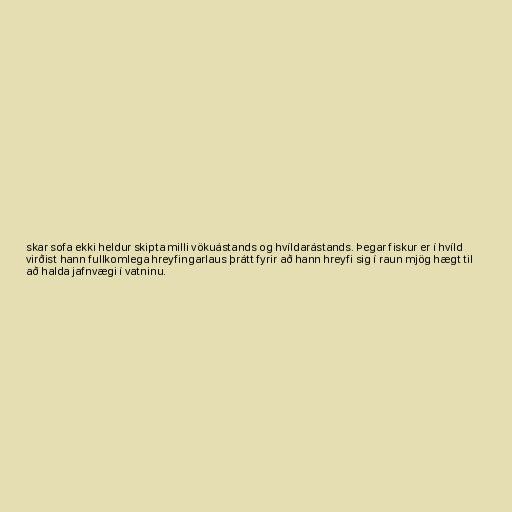
skar sofa ekki heldur skipta milli vökuástands og hvíldarástands. Þegar fiskur er í hvíld
virðist hann fullkomlega hreyfingarlaus þrátt fyrir að hann hreyfi sig í raun mjög hægt til
að halda jafnvægi í vatninu.